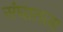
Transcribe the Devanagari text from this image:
संघातला